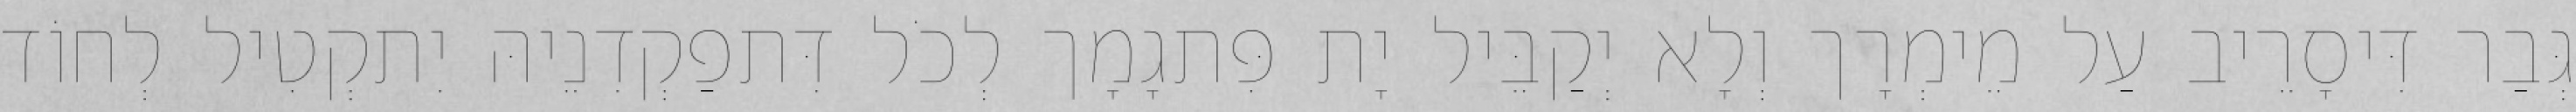
גְּבַר דִּיסָרֵיב עַל מֵימְרָך וְלָא יְקַבֵּיל יָת פִּתגָמָך לְכֹל דִּתפַקְדִנֵיהּ יִתקְטִיל לְחוֹד